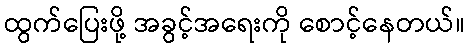
ထွက်ပြေးဖို့ အခွင့်အရေးကို စောင့်နေတယ်။